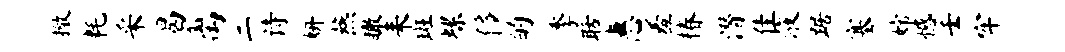
撤耗采曷离二诗妍燕瞰耒斑螺侈的季聒惠羞椿潜隹液踞塞嫦憾壬牢